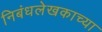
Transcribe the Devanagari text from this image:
निबंधलेखकाच्या